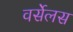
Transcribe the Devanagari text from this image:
वर्सेलस